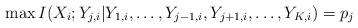
LaTeX: \begin{align*}\max I(X_i;Y_{j,i}|Y_{1,i},\dots,Y_{j-1,i},Y_{j+1,i},\dots,Y_{K,i})=p_j\end{align*}